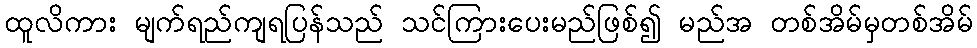
ထူလိကား မျက်ရည်ကျရပြန်သည် သင်ကြားပေးမည်ဖြစ်၍ မည်အ တစ်အိမ်မှတစ်အိမ်